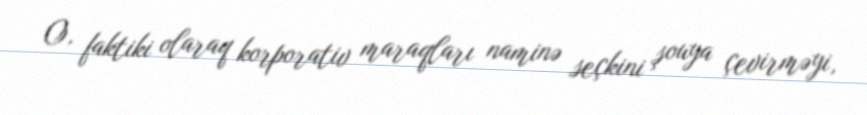
O, faktiki olaraq korporativ maraqları naminə seçkini şouya çevirməyi,